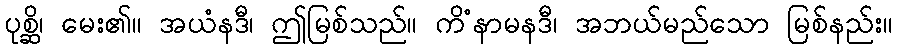
ပုစ္ဆိ၊ မေး၏။ အယံနဒီ၊ ဤမြစ်သည်။ ကိံနာမနဒီ၊ အဘယ်မည်သော မြစ်နည်း။